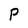
Character: P